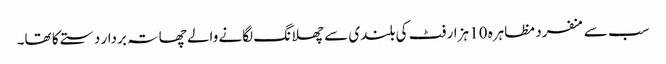
سب سے منفرد مظاہرہ 10 ہزار فٹ کی بلندی سے چھلانگ لگانے والے چھاتہ بردار دستے کا تھا۔